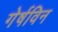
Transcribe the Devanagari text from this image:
गेर्षविन